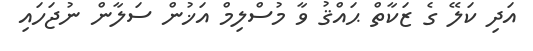
އަދި ކަލޭ ގެ ޒަކާތް ޙައްޤު ވާ މުސްލިމް އަޚުން ސަލާން ނުޖަހައި